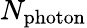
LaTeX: N_{\mathrm{photon}}